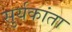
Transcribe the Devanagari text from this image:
सुर्यकांता